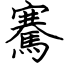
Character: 騫